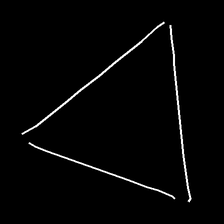
Glyph: convergence